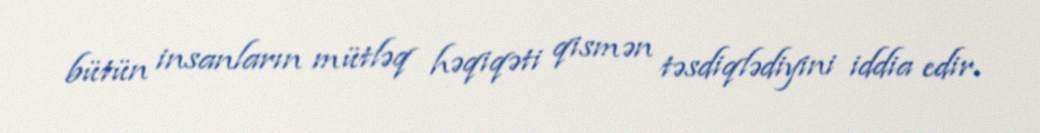
bütün insanların mütləq həqiqəti qismən təsdiqlədiyini iddia edir.